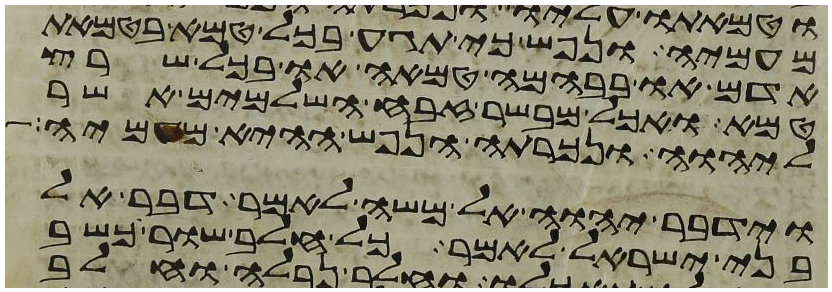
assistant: מעמיה ונפש כי תגע בכל טמא בטמאת
אדם או בבהמה טמאה או בכל שרץ
טמא ואכל מבשר זבח השלמים אשר
ליהוה ונכרתה הנפש ההיא מעמיה
וידבר יהוה אל משה לאמר דבר אל
בני ישראל לאמר כל חלב שור וכשב